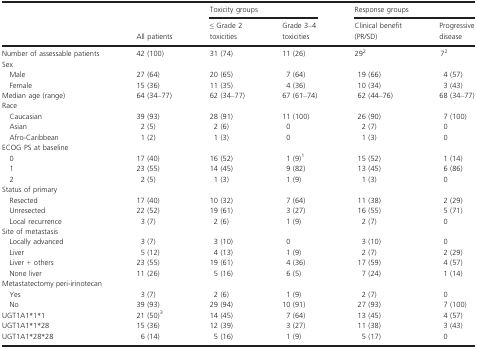
<table><thead><tr><td colspan="2"></td><td colspan="2"><b>Toxicity groups</b></td><td colspan="2"><b>Response groups</b></td></tr><tr><td></td><td><b>All patients</b></td><td><b>≤ Grade 2 toxicities</b></td><td><b>Grade 3–4 toxicities</b></td><td><b>Clinical benefit (PR/SD)</b></td><td><b>Progressive disease</b></td></tr></thead><tbody><tr><td>Number of assessable patients</td><td>42 (100)</td><td>31 (74)</td><td>11 (26)</td><td>292</td><td>72</td></tr><tr><td colspan="6">Sex</td></tr><tr><td> Male</td><td>27 (64)</td><td>20 (65)</td><td>7 (64)</td><td>19 (66)</td><td>4 (57)</td></tr><tr><td> Female</td><td>15 (36)</td><td>11 (35)</td><td>4 (36)</td><td>10 (34)</td><td>3 (43)</td></tr><tr><td>Median age (range)</td><td>64 (34–77)</td><td>62 (34–77)</td><td>67 (61–74)</td><td>62 (44–76)</td><td>68 (34–77)</td></tr><tr><td colspan="6">Race</td></tr><tr><td> Caucasian</td><td>39 (93)</td><td>28 (91)</td><td>11 (100)</td><td>26 (90)</td><td>7 (100)</td></tr><tr><td> Asian</td><td>2 (5)</td><td>2 (6)</td><td>0</td><td>2 (7)</td><td>0</td></tr><tr><td> Afro-Caribbean</td><td>1 (2)</td><td>1 (3)</td><td>0</td><td>1 (3)</td><td>0</td></tr><tr><td colspan="6">ECOG PS at baseline</td></tr><tr><td> 0</td><td>17 (40)</td><td>16 (52)</td><td>1 (9)1</td><td>15 (52)</td><td>1 (14)</td></tr><tr><td> 1</td><td>23 (55)</td><td>14 (45)</td><td>9 (82)</td><td>13 (45)</td><td>6 (86)</td></tr><tr><td> 2</td><td>2 (5)</td><td>1 (3)</td><td>1 (9)</td><td>1 (3)</td><td>0</td></tr><tr><td colspan="6">Status of primary</td></tr><tr><td> Resected</td><td>17 (40)</td><td>10 (32)</td><td>7 (64)</td><td>11 (38)</td><td>2 (29)</td></tr><tr><td> Unresected</td><td>22 (52)</td><td>19 (61)</td><td>3 (27)</td><td>16 (55)</td><td>5 (71)</td></tr><tr><td> Local recurrence</td><td>3 (7)</td><td>2 (6)</td><td>1 (9)</td><td>2 (7)</td><td>0</td></tr><tr><td colspan="6">Site of metastasis</td></tr><tr><td> Locally advanced</td><td>3 (7)</td><td>3 (10)</td><td>0</td><td>3 (10)</td><td>0</td></tr><tr><td> Liver</td><td>5 (12)</td><td>4 (13)</td><td>1 (9)</td><td>2 (7)</td><td>2 (29)</td></tr><tr><td> Liver + others</td><td>23 (55)</td><td>19 (61)</td><td>4 (36)</td><td>17 (59)</td><td>4 (57)</td></tr><tr><td> None liver</td><td>11 (26)</td><td>5 (16)</td><td>6 (5)</td><td>7 (24)</td><td>1 (14)</td></tr><tr><td colspan="6">Metastatectomy peri-irinotecan</td></tr><tr><td> Yes</td><td>3 (7)</td><td>2 (6)</td><td>1 (9)</td><td>2 (7)</td><td>0</td></tr><tr><td> No</td><td>39 (93)</td><td>29 (94)</td><td>10 (91)</td><td>27 (93)</td><td>7 (100)</td></tr><tr><td>UGT1A1<sup>*</sup>1<sup>*</sup>1</td><td>21 (50)3</td><td>14 (45)</td><td>7 (64)</td><td>13 (45)</td><td>4 (57)</td></tr><tr><td>UGT1A1<sup>*</sup>1<sup>*</sup>28</td><td>15 (36)</td><td>12 (39)</td><td>3 (27)</td><td>11 (38)</td><td>3 (43)</td></tr><tr><td>UGT1A1<sup>*</sup>28<sup>*</sup>28</td><td>6 (14)</td><td>5 (16)</td><td>1 (9)</td><td>5 (17)</td><td>0</td></tr></tbody></table>